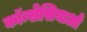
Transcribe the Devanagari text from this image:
कॉन्सेसियाओ